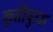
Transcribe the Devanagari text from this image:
कुतीपुरम